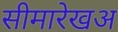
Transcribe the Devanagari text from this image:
सीमारेखअ